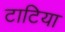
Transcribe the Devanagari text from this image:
टाटिया